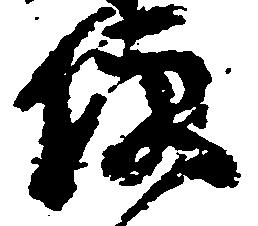
便